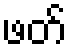
ဖတ်